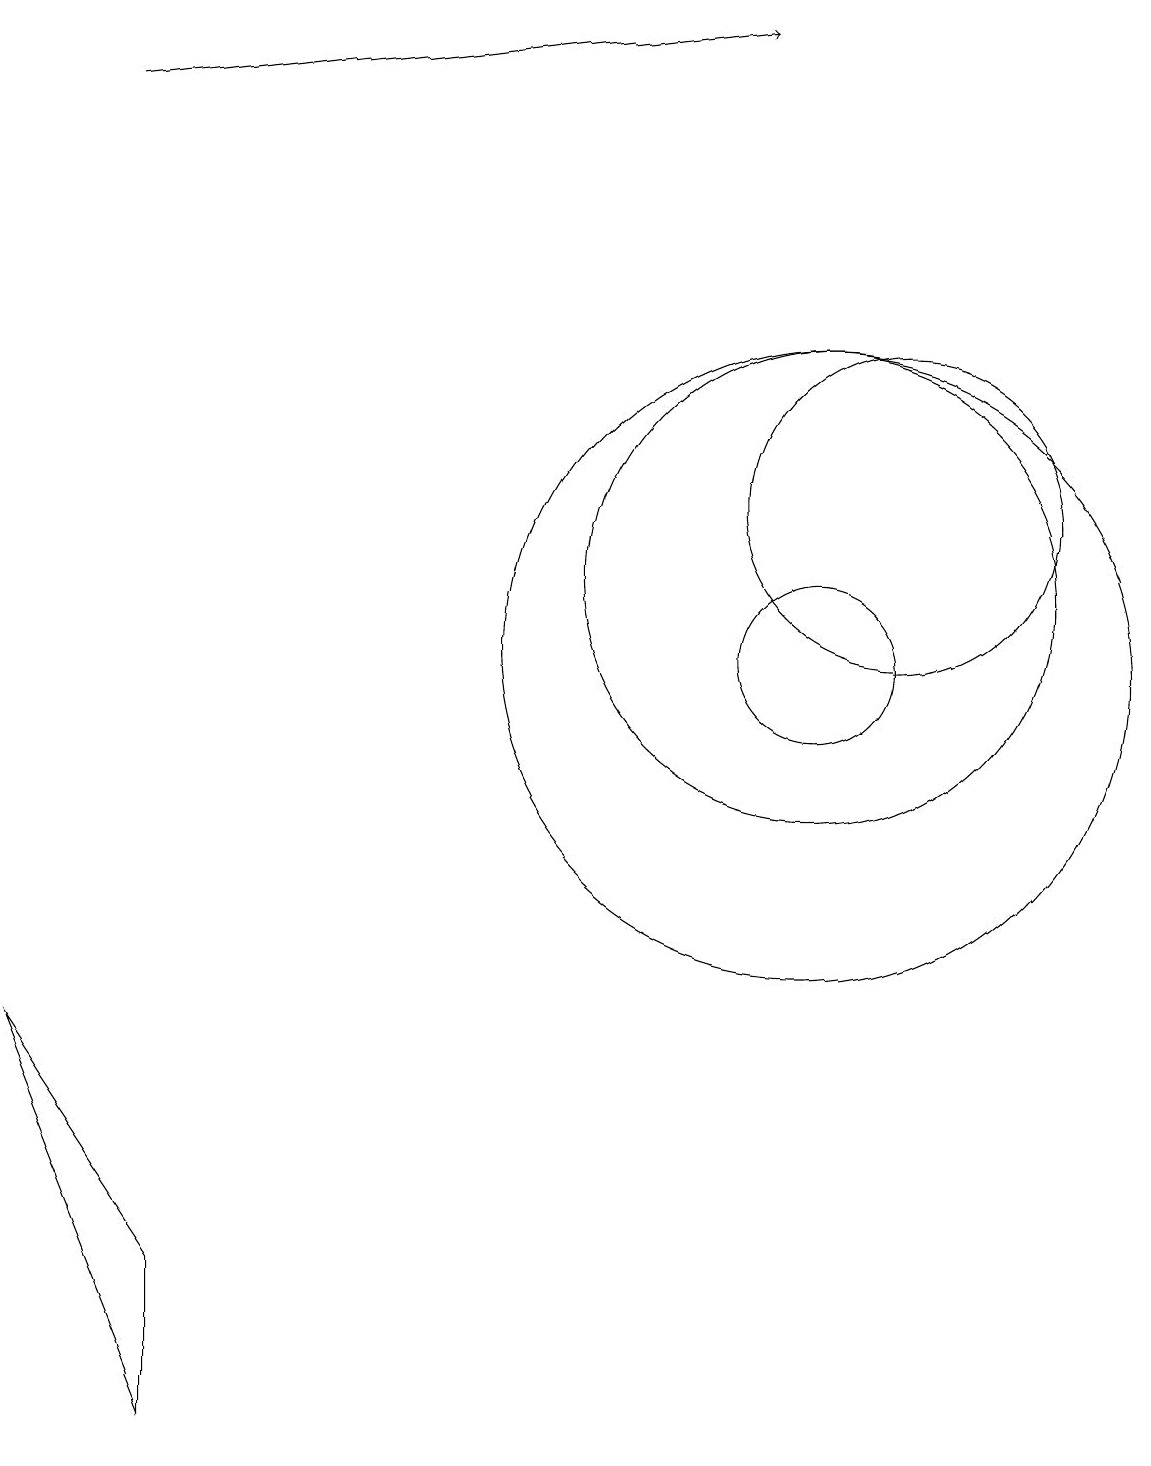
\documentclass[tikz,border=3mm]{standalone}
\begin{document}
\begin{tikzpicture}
\draw (10,10) circle (1);
\draw[->] (1,17) -- (9,18);
\draw (10,11) circle (3);
\draw (10,10) circle (4);
\draw (11,12) circle (2);
\draw (0,5) -- (2,0) -- (2,2) -- cycle;
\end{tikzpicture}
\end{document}